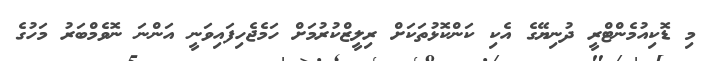
މި ޑޮކިއުމެންޓްރީ ދުނިޔޭގެ އެކި ކަންކޮޅުތަކަށް ރިލީޒްކުރުމަށް ހަމެޖެހިފައިވަނީ އަންނަ ނޮވެމްބަރު މަހުގެ